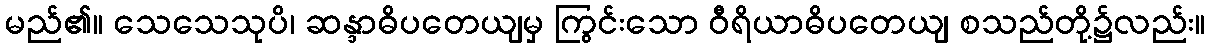
မည်၏။ သေသေသုပိ၊ ဆန္ဒာဓိပတေယျမှ ကြွင်းသော ဝီရိယာဓိပတေယျ စသည်တို့၌လည်း။